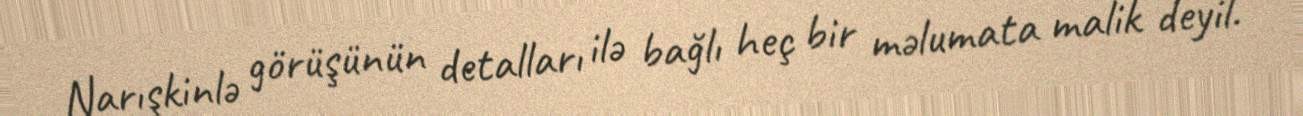
Narışkinlə görüşünün detalları ilə bağlı heç bir məlumata malik deyil.